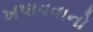
ખપાવવાનો